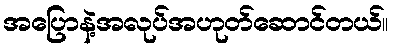
အပြောနဲ့အလုပ်အဟုတ်ဆောင်တယ်။